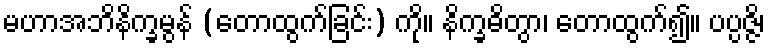
မဟာအဘိနိက္ခမွန် (တောထွက်ခြင်း) ကို။ နိက္ခဓိတွာ၊ တောထွက်၍။ ပပ္ပဇ္ဇိ၊